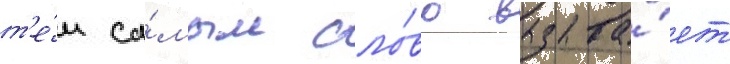
т'е́м са́мым сло́во вызыва́ет